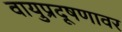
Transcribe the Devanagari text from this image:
वायुप्रदूषणावर